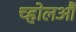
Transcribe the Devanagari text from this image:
च्होलऔ